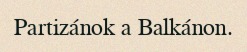
Partizánok a Balkánon.